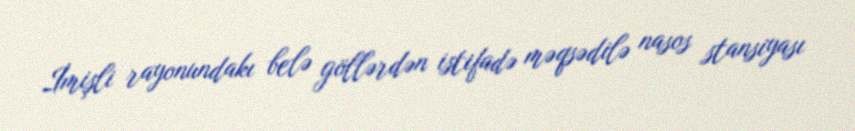
İmişli rayonundakı belə göllərdən istifadə məqsədilə nasos stansiyası